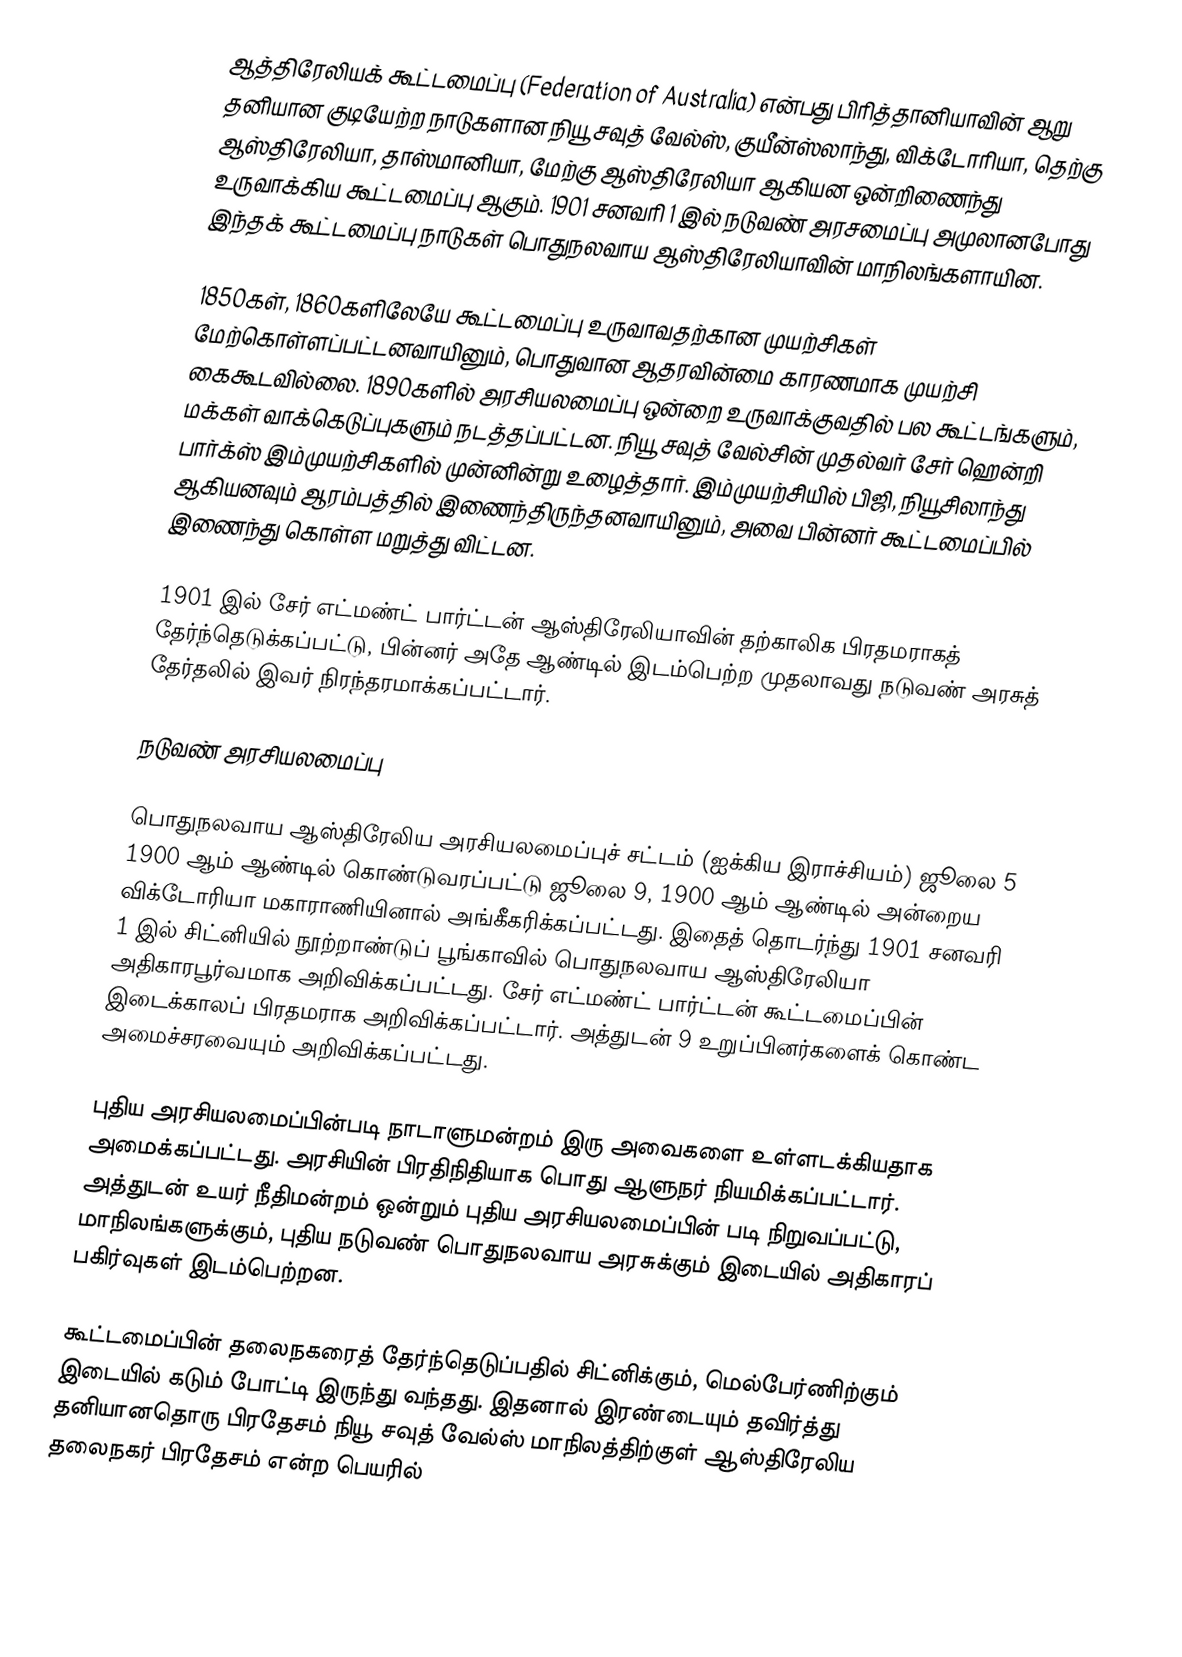
ஆத்திரேலியக் கூட்டமைப்பு (Federation of Australia) என்பது பிரித்தானியாவின் ஆறு தனியான குடியேற்ற நாடுகளான நியூ சவுத் வேல்ஸ், குயீன்ஸ்லாந்து, விக்டோரியா, தெற்கு ஆஸ்திரேலியா, தாஸ்மானியா, மேற்கு ஆஸ்திரேலியா ஆகியன ஒன்றிணைந்து உருவாக்கிய கூட்டமைப்பு ஆகும். 1901 சனவரி 1 இல் நடுவண் அரசமைப்பு அமுலானபோது இந்தக் கூட்டமைப்பு நாடுகள் பொதுநலவாய ஆஸ்திரேலியாவின் மாநிலங்களாயின.

1850கள், 1860களிலேயே கூட்டமைப்பு உருவாவதற்கான முயற்சிகள் மேற்கொள்ளப்பட்டனவாயினும், பொதுவான ஆதரவின்மை காரணமாக முயற்சி கைகூடவில்லை. 1890களில் அரசியலமைப்பு ஒன்றை உருவாக்குவதில் பல கூட்டங்களும், மக்கள் வாக்கெடுப்புகளும் நடத்தப்பட்டன. நியூ சவுத் வேல்சின் முதல்வர் சேர் ஹென்றி பார்க்ஸ் இம்முயற்சிகளில் முன்னின்று உழைத்தார். இம்முயற்சியில் பிஜி, நியூசிலாந்து ஆகியனவும் ஆரம்பத்தில் இணைந்திருந்தனவாயினும், அவை பின்னர் கூட்டமைப்பில் இணைந்து கொள்ள மறுத்து விட்டன.

1901 இல் சேர் எட்மண்ட் பார்ட்டன் ஆஸ்திரேலியாவின் தற்காலிக பிரதமராகத் தேர்ந்தெடுக்கப்பட்டு, பின்னர் அதே ஆண்டில் இடம்பெற்ற முதலாவது நடுவண் அரசுத் தேர்தலில் இவர் நிரந்தரமாக்கப்பட்டார்.

நடுவண் அரசியலமைப்பு

பொதுநலவாய ஆஸ்திரேலிய அரசியலமைப்புச் சட்டம் (ஐக்கிய இராச்சியம்) ஜூலை 5 1900 ஆம் ஆண்டில் கொண்டுவரப்பட்டு ஜூலை 9, 1900 ஆம் ஆண்டில் அன்றைய விக்டோரியா மகாராணியினால் அங்கீகரிக்கப்பட்டது. இதைத் தொடர்ந்து 1901 சனவரி 1 இல் சிட்னியில் நூற்றாண்டுப் பூங்காவில் பொதுநலவாய ஆஸ்திரேலியா அதிகாரபூர்வமாக அறிவிக்கப்பட்டது. சேர் எட்மண்ட் பார்ட்டன் கூட்டமைப்பின் இடைக்காலப் பிரதமராக அறிவிக்கப்பட்டார். அத்துடன் 9 உறுப்பினர்களைக் கொண்ட அமைச்சரவையும் அறிவிக்கப்பட்டது.

புதிய அரசியலமைப்பின்படி நாடாளுமன்றம் இரு அவைகளை உள்ளடக்கியதாக அமைக்கப்பட்டது. அரசியின் பிரதிநிதியாக பொது ஆளுநர் நியமிக்கப்பட்டார். அத்துடன் உயர் நீதிமன்றம் ஒன்றும் புதிய அரசியலமைப்பின் படி நிறுவப்பட்டு, மாநிலங்களுக்கும், புதிய நடுவண் பொதுநலவாய அரசுக்கும் இடையில் அதிகாரப் பகிர்வுகள் இடம்பெற்றன.

கூட்டமைப்பின் தலைநகரைத் தேர்ந்தெடுப்பதில் சிட்னிக்கும், மெல்பேர்ணிற்கும் இடையில் கடும் போட்டி இருந்து வந்தது. இதனால் இரண்டையும் தவிர்த்து தனியானதொரு பிரதேசம் நியூ சவுத் வேல்ஸ் மாநிலத்திற்குள் ஆஸ்திரேலிய தலைநகர் பிரதேசம் என்ற பெயரில்